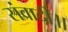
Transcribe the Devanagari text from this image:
संवादी॥